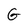
Character: G